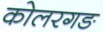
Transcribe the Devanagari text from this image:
कोलरगङ